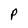
Character: P